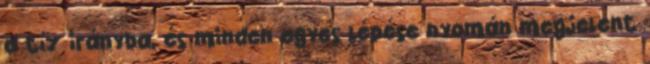
a tíz irányba, és minden egyes lépése nyomán megjelent